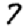
Digit: 7